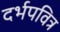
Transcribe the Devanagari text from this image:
दर्भपवित्र